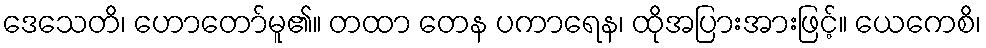
ဒေသေတိ၊ ဟောတော်မူ၏။ တထာ တေန ပကာရေန၊ ထိုအပြားအားဖြင့်။ ယေကေစိ၊